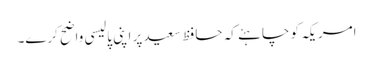
امریکہ کو چاہئے کہ حافظ سعید پر اپنی پالیسی واضح کرے۔